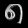
Digit: ၈